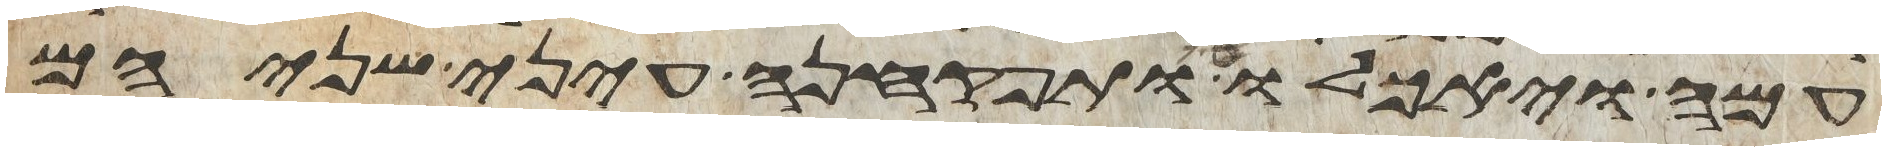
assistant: עמה ויאכלו ותפקחנה עיני שניהם